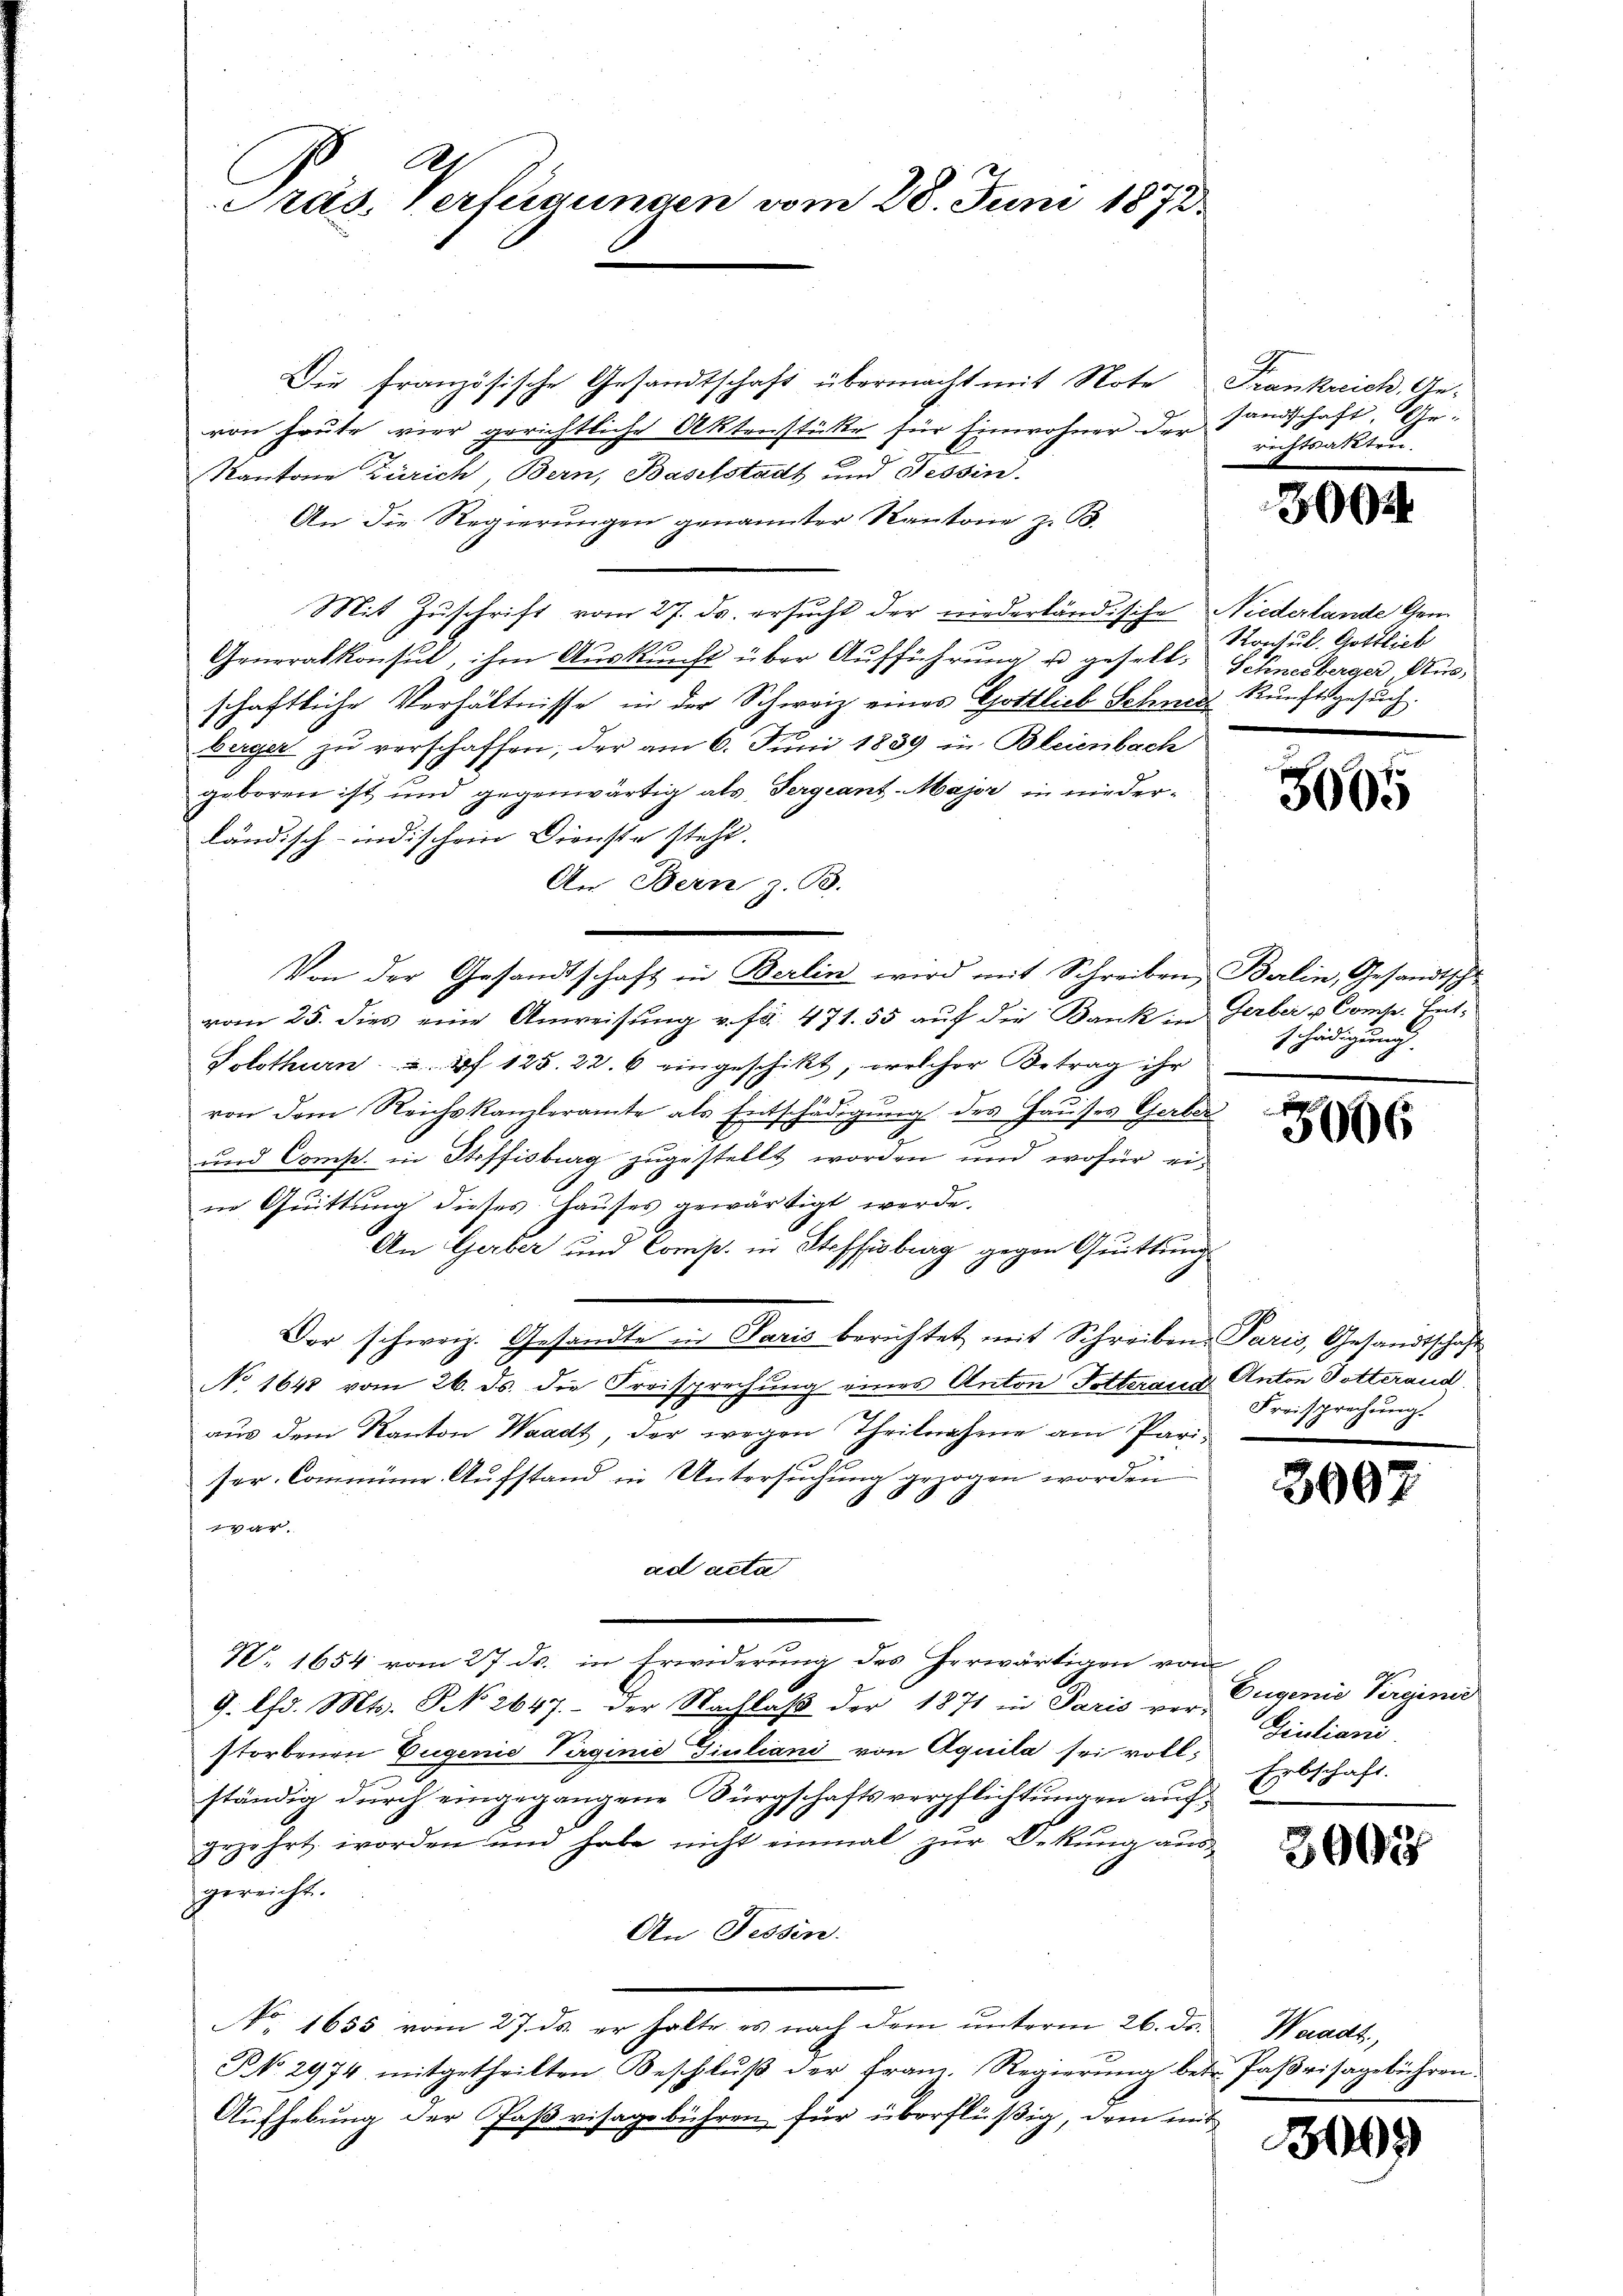
Präs. Verlegungen vom 28. Juni 1873

Die französische Gesandtschaft übermacht mit Note Frankreich, Gevon heute vier gerichtliche Aktenstüke für Einwohner der Handschaft, Ge¬
Kantone Zürich, Bern, Baselstadt und Tessin.
An die Regierungen genannter Kantone z. B.
Mit Zuschrift vom 27. ds. ersucht der niederländische Niederlande Gem
Generalkonsul, ihm Auskunft über Aufführung u gesell, Schneeberger Ausschaftliche Verhältnisse in der Schweiz eines Gottlieb Schmer kunftsgesuch.
bürger zu verschaffen, der am 6. Juni 1839 in Bleienbach
geboren ist und gegenwärtig als Pergeant-Major in niederländisch-indischen Dienste steht.
vom 25. dies eine Anweisung v. fr. 471. 55 auf die Bank in Gerber u Comp. Ent¬
Solothurn 2 f 125. 22. 6 eingeschikt, welcher Betrag ihr
von dem Reichskanzleramte als Entschädigŭng des Hauses Gerber
J
und Comp. in Stiffisburg zugestellt worden und wofür eiin Quittung dieses Hauses gewärtigt werde.
An Gerber und Comp. in Steffisburg gegen Quittung
Der schweiz. Gesandte in Paris berichtet mit Schreiben Paris, Gesandtschaft
No 1648 vom 26. ds. die Freisprechung eines Anton Totteraus Anton Totterand
aus dem Kanton Waadt, der wegen Theilnahme am Pariser-Comminir-Aufstand in Untersuchung gezogen worden
var
ad acta
N. 1654 vom 27. ds. in Erwiderung des herwärtigen von
9. Chr. Mts. NNo. 2647.- der Nachlaß der 1871 in Paris ver-
storbenen Eugenie Virginie Giuliani von Aquila sei vollständig durch eingegangene Bürgschaftsverpflichtungen auf
erzehrt worden und habe nicht einmal zur Dekung ausgereicht.
An Tessin.
No. 1655 vom 27. ds. er halte es nach dem ŭnterm 26. ds. Waadt,
NNo. 2974 mitgetheilten Beschlŭβ der Franz-Regierŭng betr. Paβrisagebühren.
Aufhebung der Faß visagebühren für überflüßig, dem mit

An Bern, z. B.
Von der Gesandtschaft in Berlin wird mit Schreiben, Berlin, Gesandtschl¬

richtsatzten.

3002

Konsul. Gottlich

3005

schädigung.

5006

Freisprechung.

3007

Eugenie Pergini
Giulianis
Erbschaft.

3003

309